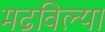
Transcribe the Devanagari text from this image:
मढविल्या